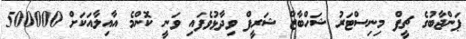
ޕަންޖާބުގެ ޗީފް މިނިސްޓަރު ޝަހްބާޒް ޝަރީފް ވިދާޅުވެފައި ވަނީ ކޮންމެ އާއިލާއަކަށް 500000